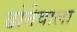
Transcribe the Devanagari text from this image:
ढोनेवाला